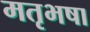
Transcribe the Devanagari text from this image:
मतृभषा